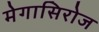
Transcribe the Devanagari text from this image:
मेगासिरोज